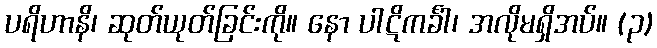
ပရိဟာနိ၊ ဆုတ်ယုတ်ခြင်းကို။ နော ပါဋိကင်္ခါ၊ အလိုမရှိအပ်။ (၃)